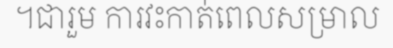
។ជារួម ការវះកាត់ពេលសម្រាល